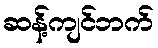
ဆန့်ကျင်ဘက်